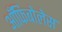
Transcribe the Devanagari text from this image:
आँफिबोलेस